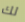
لك